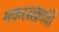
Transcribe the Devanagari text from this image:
मकरसंक्रांती